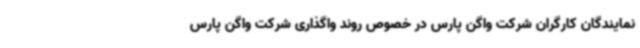
نمایندگان کارگران شرکت واگن پارس در خصوص روند واگذاری شرکت واگن پارس